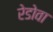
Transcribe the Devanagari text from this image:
रेडोवा